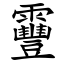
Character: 靊